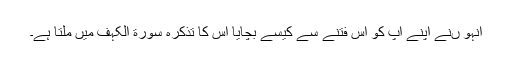
انہو ںنے اپنے آپ کو اس فتنے سے کیسے بچایا اس کا تذکرہ سورة الکہف میں ملتا ہے۔